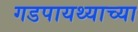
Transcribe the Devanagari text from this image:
गडपायथ्याच्या